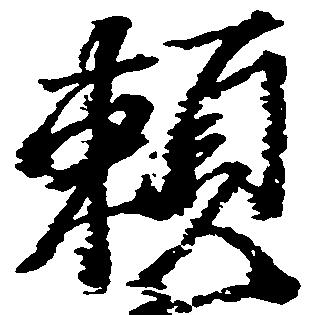
頼